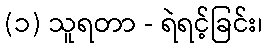
(၁) သူရတာ - ရဲရင့်ခြင်း၊